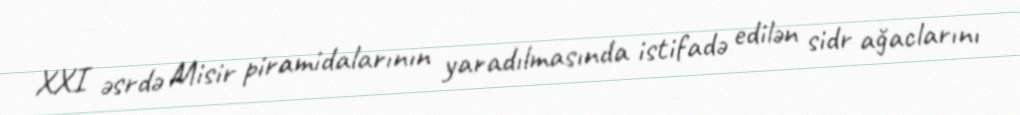
XXI əsrdə Misir piramidalarının yaradılmasında istifadə edilən sidr ağaclarını